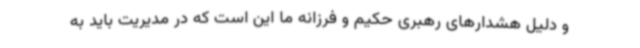
و دلیل هشدارهای رهبری حکیم و فرزانه ما این است که در مدیریت باید به